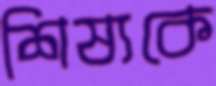
শিষ্যকে